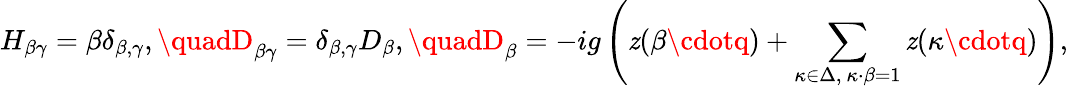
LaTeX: H_{\beta\gamma}=\beta\delta_{\beta,\gamma},\quadD_{\beta\gamma}=\delta_{\beta,\gamma}D_{\beta},\quadD_{\beta}=-ig\left(\mathit{z}(\beta\cdotq)+\sum_{\kappa\in\Delta,\ \kappa\cdot\beta=1}\mathit{z}(\kappa\cdotq)\right),